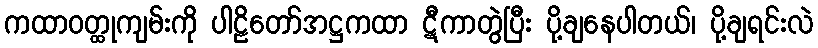
ကထာဝတ္ထုကျမ်းကို ပါဠိတော်အဋ္ဌကထာ ဋီကာတွဲပြီး ပို့ချနေပါတယ်၊ ပို့ချရင်းလဲ